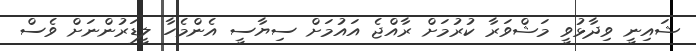
ޝައިނީ ވިދާޅުވީ މަޝްވަރާ ކުރުމަށް ރާއްޖެ އައުމަށް ސިޔާސީ އެންމެހާ ލީޑަރުންނަށް ވެސް